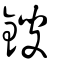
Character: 䤹